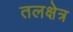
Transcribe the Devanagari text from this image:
तलक्षेत्र